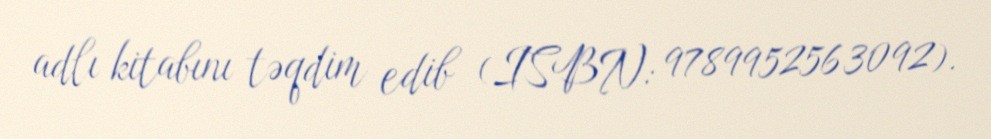
adlı kitabını təqdim edib (ISBN: 9789952563092).